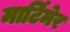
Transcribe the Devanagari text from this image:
मार्टिमेर